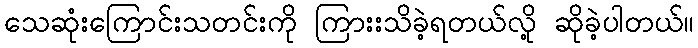
သေဆုံးကြောင်းသတင်းကို ကြားးသိခဲ့ရတယ်လို့ ဆိုခဲ့ပါတယ်။